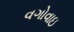
વગોવાઇ